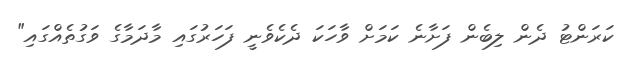
ކަރަންޓު ދެން ލިބެން ފަށާނެ ކަމަށް ވާހަކަ ދެކެވެނީ ފަހަރުގައި މާދަމާގެ ވަގުތެއްގައި"